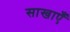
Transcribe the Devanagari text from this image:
साखाएँ